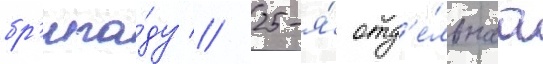
бр'ига́ду // 25-я́ отд'е́льнаа